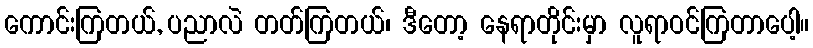
ကောင်းကြတယ်, ပညာလဲ တတ်ကြတယ်၊ ဒီတော့ နေရာတိုင်းမှာ လူရာဝင်ကြတာပေါ့။